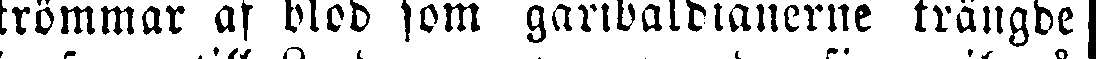
strömmar af blod som garibaldianerne trängde